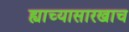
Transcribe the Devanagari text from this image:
ह्याच्यासारखाच